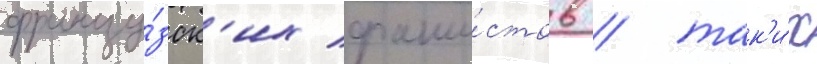
францу́зск'их фаши́стов / так'и́х